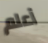
أعلم